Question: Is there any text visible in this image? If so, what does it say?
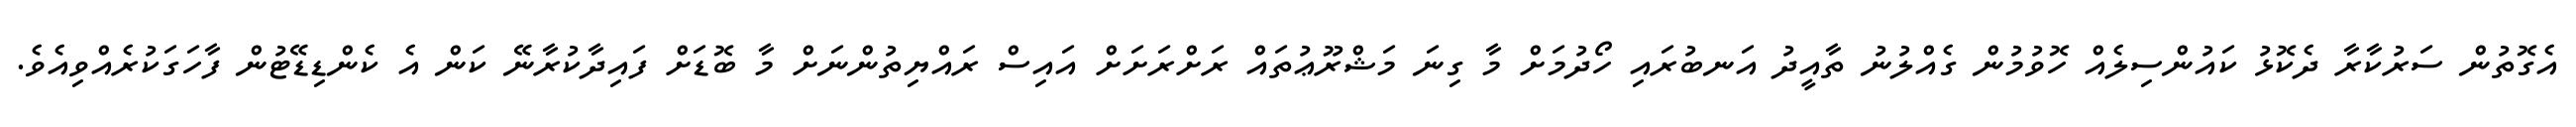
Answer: އެގޮތުން ސަރުކާރާ ދެކޮޅު ކައުންސިލެއް ހޮވުމުން ގެއްލުނު ތާއީދު އަނބުރައި ހޯދުމަށް މާ ގިނަ މަޝްރޫޢުތައް ރަށްރަށަށް އައިސް ރައްޔިތުންނަށް މާ ބޮޑަށް ފައިދާކުރާނޭ ކަން އެ ކެންޑިޑޭޓުން ފާހަގަކުރެއްވިއެވެ.